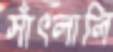
সাঁৎলালি